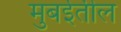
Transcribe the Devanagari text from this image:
मुबईतील